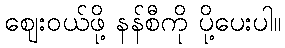
ဈေးဝယ်ဖို့ နန်စီကို ပို့ပေးပါ။